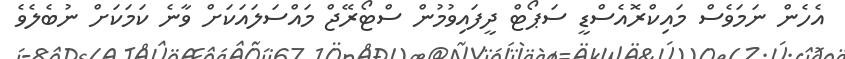
އެހެން ނަމަވެސް މައިކްރޮއެސްޑީ ސަޕޯޓް ދީފައިވުމުން ސްޓޯރޭޖް މައްސަލައަކަށް ވާނެ ކަމަކަށް ނުބެލެވެ